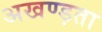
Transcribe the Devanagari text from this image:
अखण्ड़ता